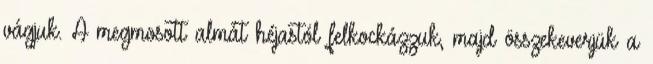
vágjuk. A megmosott almát héjastól felkockázzuk, majd összekeverjük a